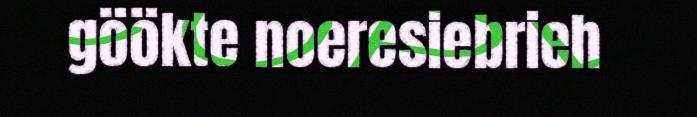
göökte noeresiebrieh